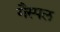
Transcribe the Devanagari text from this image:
गैस्पल